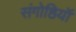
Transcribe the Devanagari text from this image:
संगोष्ठियॉ